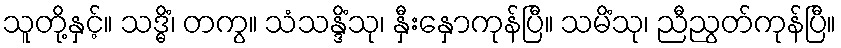
သူတို့နှင့်။ သဒ္ဓိံ၊ တကွ။ သံသန္ဒိံသု၊ နှီးနှောကုန်ပြီ။ သမိံသု၊ ညီညွတ်ကုန်ပြီ။